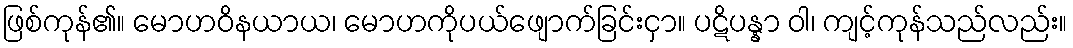
ဖြစ်ကုန်၏။ မောဟဝိနယာယ၊ မောဟကိုပယ်ဖျောက်ခြင်းငှာ။ ပဋိပန္နာ ဝါ၊ ကျင့်ကုန်သည်လည်း။